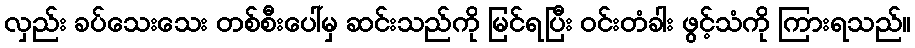
လှည်း ခပ်သေးသေး တစ်စီးပေါ်မှ ဆင်းသည်ကို မြင်ရပြီး ဝင်းတံခါး ဖွင့်သံကို ကြားရသည်။